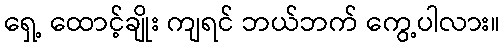
ရှေ့ ထောင့်ချိုး ကျရင် ဘယ်ဘက် ကွေ့ပါလား။